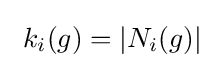
\textstyle \ k_{i}(g)=|N_{i}(g)|